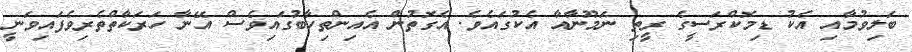
ބަލިވުމާއި އެކު ޑިމޮކްރަސީގެ ރީތި ނަމޫނާއާ އެކުގައެވެ. އެގޮތުން އެއިންތިހާބުގައިވެސް އޭނާ ހަރަކާތްތެރިވެފައިވަނީ